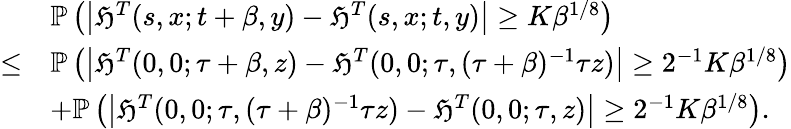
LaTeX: \begin{array}{rl}&{\mathbb{P}\left(\left|\mathfrak{H}^{T}(s,x;t+\beta,y)-\mathfrak{H}^{T}(s,x;t,y)\right|\geq K\beta^{1/8}\right)}\\ {\leq}&{\mathbb{P}\left(\left|\mathfrak{H}^{T}(0,0;\tau+\beta,z)-\mathfrak{H}^{T}(0,0;\tau,(\tau+\beta)^{-1}\tau z)\right|\geq 2^{-1}K\beta^{1/8}\right)}\\ &{+\mathbb{P}\left(\left|\mathfrak{H}^{T}(0,0;\tau,(\tau+\beta)^{-1}\tau z)-\mathfrak{H}^{T}(0,0;\tau,z)\right|\geq 2^{-1}K\beta^{1/8}\right).}\end{array}